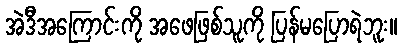
အဲဒီအကြောင်းကို အဖေဖြစ်သူကို ပြန်မပြောရဲဘူး။